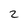
Character: 2